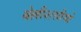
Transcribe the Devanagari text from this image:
बेल्लीशसीमो